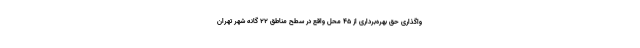
واگذاری حق بهره‌برداری از ۴۵ محل واقع در سطح مناطق ۲۲ گانه شهر تهران